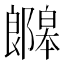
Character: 𫑯